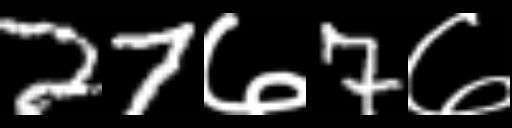
Text: 27७7७